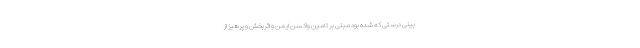
بینی درستی که شده بود مبنی بر تامین واکسن ایمن و اثربخش و پرهیز از